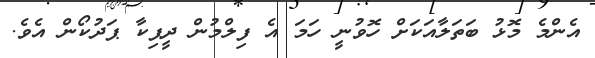
އެންމެ މޮޅު ބަތަލާއަކަށް ހޮވުނީ ހަމަ އެ ފިލްމުން ދީޕިކާ ޕަދުކޯން އެވެ.